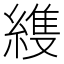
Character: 𮈳